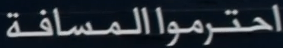
احترمواالمسافة